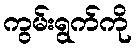
ကွမ်းရွက်ကို